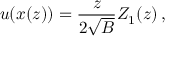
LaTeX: u ( x ( z ) ) = \frac { z } { 2 \sqrt { B } } Z _ { 1 } ( z ) \, ,